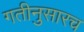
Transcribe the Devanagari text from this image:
गतीनुसारच